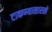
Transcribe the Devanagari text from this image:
टाकण्यासारखे